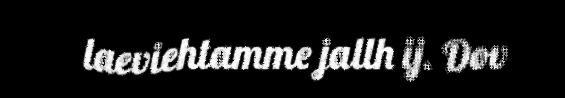
laeviehtamme jallh ij. Dov